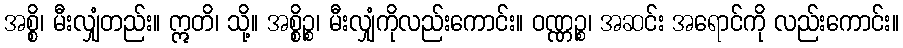
အစ္စိ၊ မီးလျှံတည်း။ ဣတိ၊ သို့။ အစ္စိဉ္စ၊ မီးလျှံကိုလည်းကောင်း။ ဝဏ္ဏဉ္စ၊ အဆင်း အရောင်ကို လည်းကောင်း။